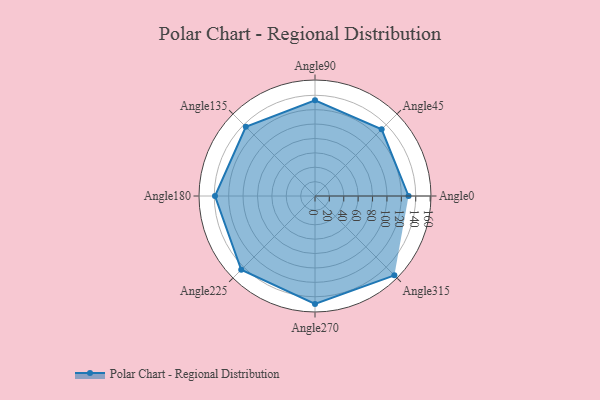
{"axis": {"x": "Angle", "y": "Radius"}, "legend": [""], "data": [{"x": "Angle0", "y": 130.0, "type": ""}, {"x": "Angle45", "y": 131.0, "type": ""}, {"x": "Angle90", "y": 133.0, "type": ""}, {"x": "Angle135", "y": 136.0, "type": ""}, {"x": "Angle180", "y": 139.0, "type": ""}, {"x": "Angle225", "y": 145.0, "type": ""}, {"x": "Angle270", "y": 150.0, "type": ""}, {"x": "Angle315", "y": 156.0, "type": ""}]}